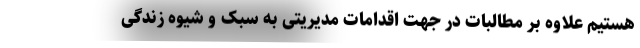
هستیم علاوه بر مطالبات در جهت اقدامات مدیریتی به سبک و شیوه زندگی